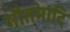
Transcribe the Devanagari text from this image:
गौतमादि